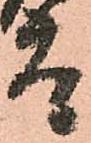
太